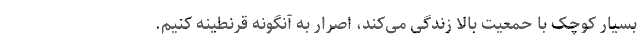
بسیار کوچک با حمعیت بالا زندگی می‌کند، اصرار به آنگونه قرنطینه کنیم.